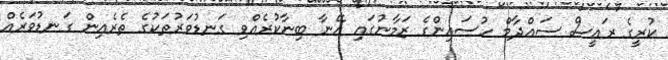
ކުރީގެ ރައީސް ސައްދާމް ހުސައިންގެ ޒަމާނުގައި އޭނާ ބިނާކުރެއްވި ގަނޑުވަރުތަކުގެ ތެރެއިން ގަނޑުވަރެއް